Problem: 7 × 3 = ?
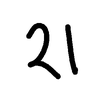
Handwritten answer: 21